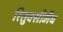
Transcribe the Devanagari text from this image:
रितुक्सीमैब